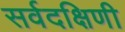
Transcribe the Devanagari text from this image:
सर्वदक्षिणी